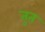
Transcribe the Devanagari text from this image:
तुत